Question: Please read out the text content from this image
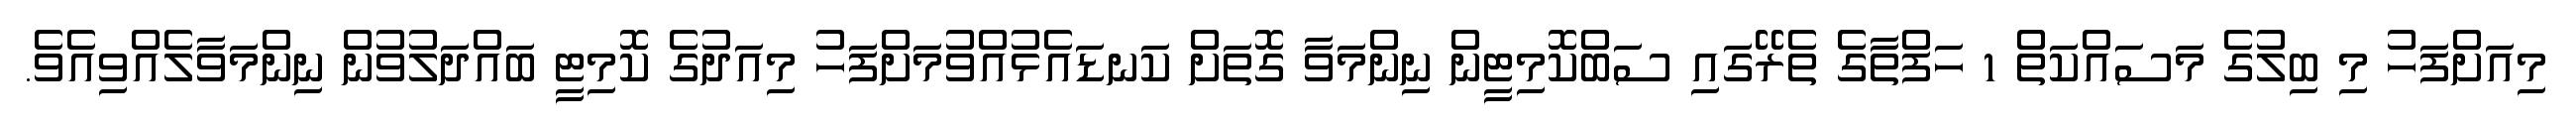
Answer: މިއަށްފަހު މި ބިލުގެ މަސައްކަތް 1 ހަފްތާގެ ތެރޭގައި ސަބްކޮމިޓީން ނިންމަވާ ގޮތަށް ކަނޑައެޅުއްވުމަށްފަހު މިއަދުގެ ކޮމިޓީ ބައްދަލުވުން ނިންމަވާލެއްވިއެވެ.